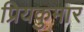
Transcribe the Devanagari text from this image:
प्रियकुमार